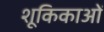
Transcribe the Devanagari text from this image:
शूकिकाओं